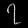
Digit: ၇